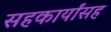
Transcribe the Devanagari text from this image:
सहकार्यांसह